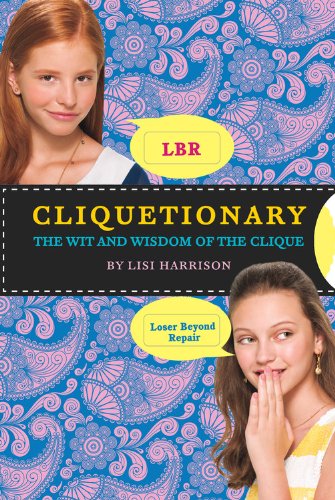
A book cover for Cliquetionary: The Wit And Wisdom Of The Clique; Lisi Harrison; Teen & Young Adult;